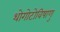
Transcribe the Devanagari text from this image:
थोगोटोविषाणु